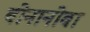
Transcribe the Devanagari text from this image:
बोनानोवा